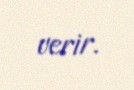
verir.